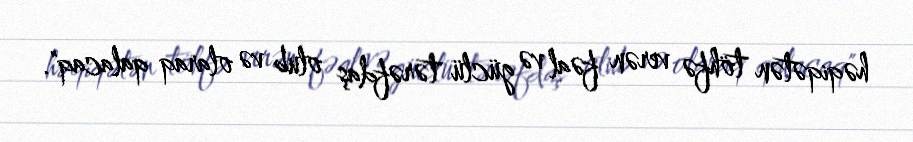
həqiqətən töhfə verən fəal və güclü tərəfdaş olub və olaraq qalacaq".